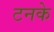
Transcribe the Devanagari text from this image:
टनके